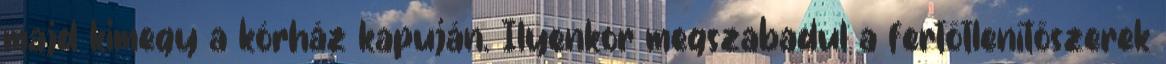
majd kimegy a kórház kapuján. Ilyenkor megszabadul a fertőtlenítőszerek